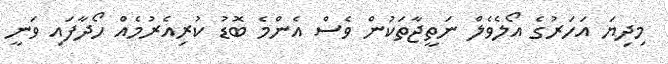
މިދިޔަ އަހަރުގެ އޯލެވެލް ނަތީޖާތަކުން ވެސް އެންމެ ބޮޑު ކުރިއެރުމެއް ހޯދާފައި ވަނީ